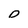
Character: D